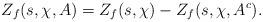
LaTeX: \begin{align*}Z_f(s, \chi, A)=Z_f(s, \chi)-Z_f(s, \chi, A^c).\end{align*}